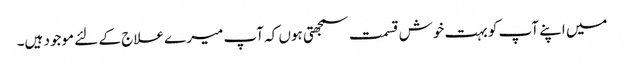
میں اپنے آپ کو بہت خوش قسمت سمجھتی ہوں کہ آپ میرے علاج کے لئے موجود ہیں۔